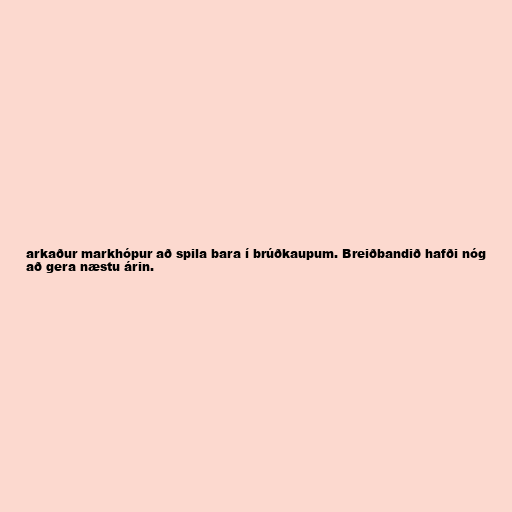
arkaður markhópur að spila bara í brúðkaupum. Breiðbandið hafði nóg
að gera næstu árin.